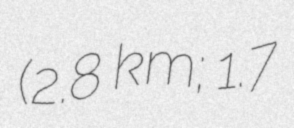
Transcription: (2.8 km; 1.7